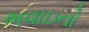
ભવાઇનો